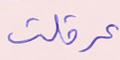
عرقلت